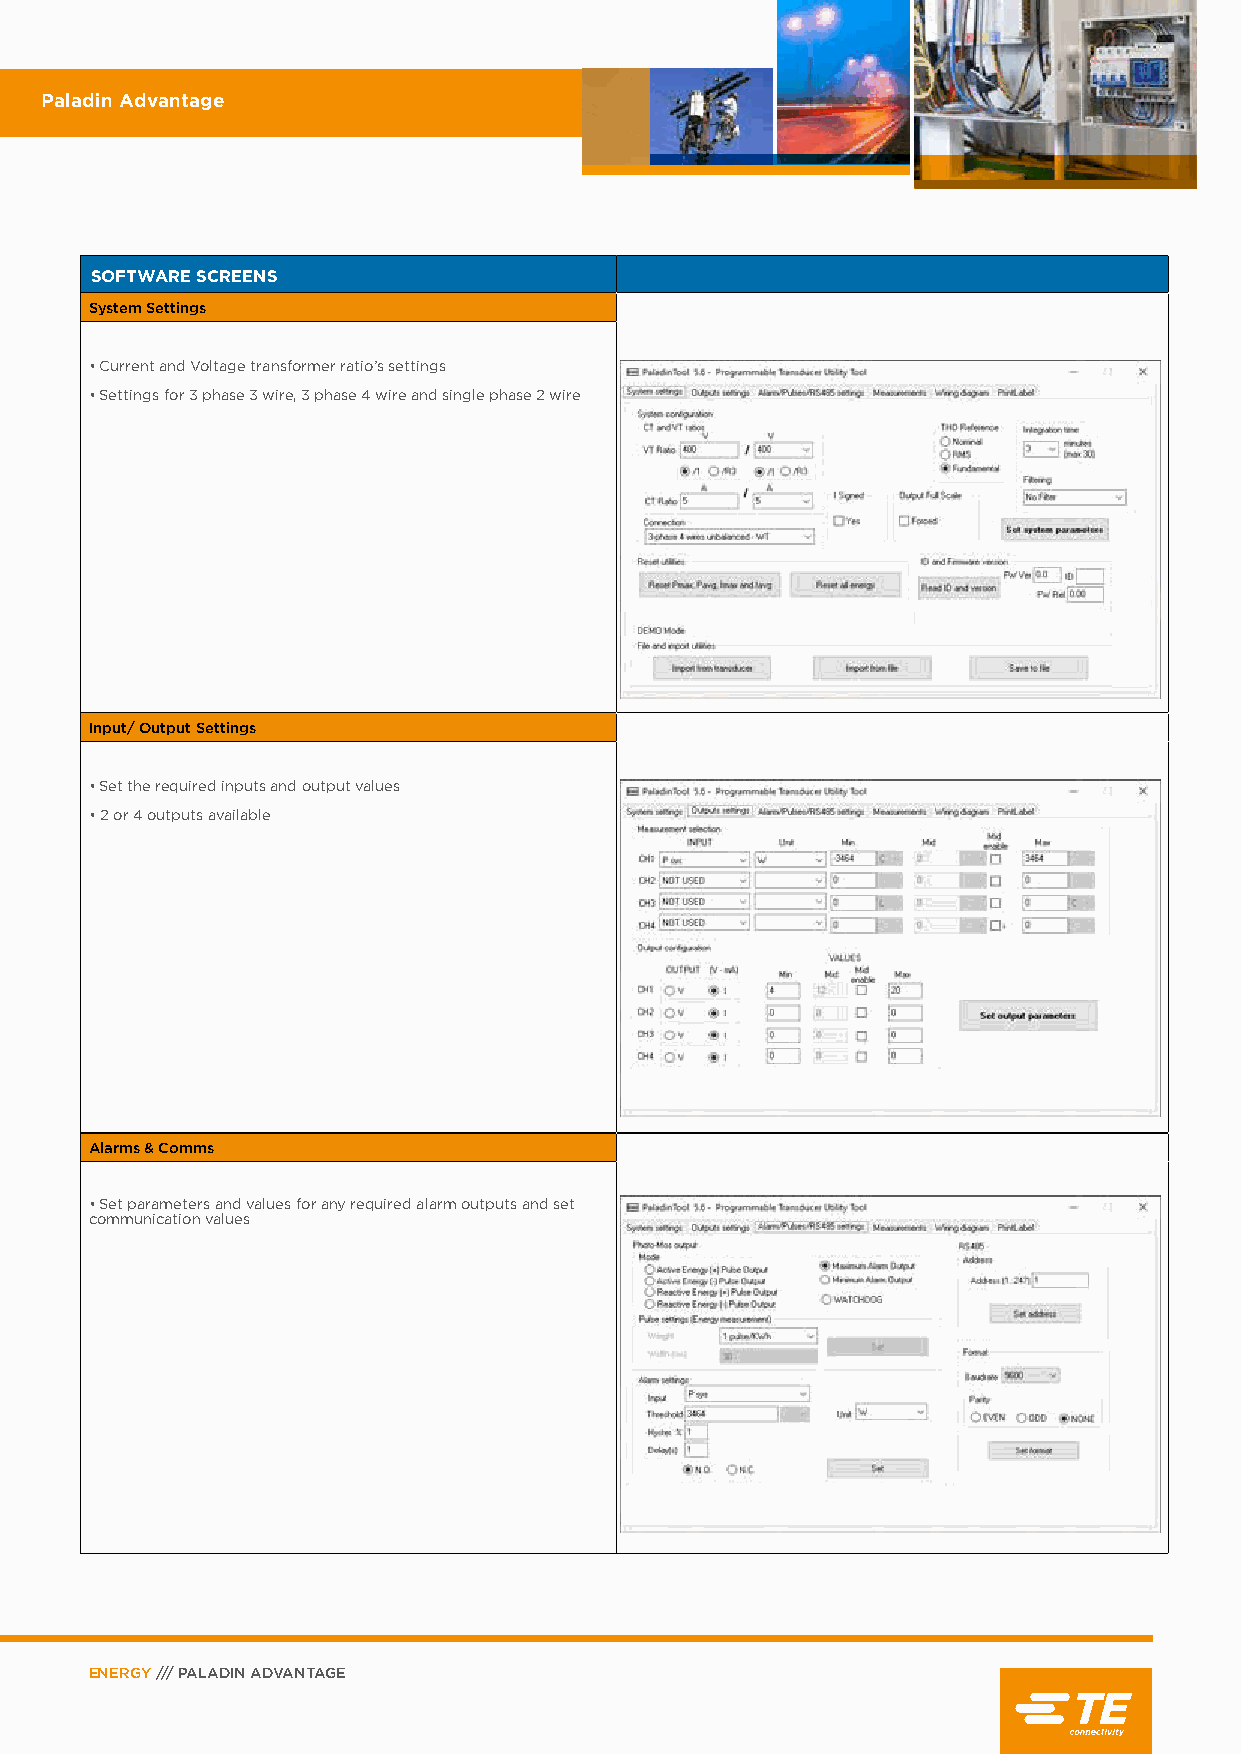
Paladin Advantage
 SOFTWARE SCREENS
 System Settings
 • Current and Voltage transformer ratio’s settings
 • Settings for 3 phase 3 wire, 3 phase 4 wire and single phase 2 wire
 Input/ Output Settings
 • Set the required inputs and output values
 • 2 or 4 outputs available
 Alarms & Comms
 • Set parameters and values for any required alarm outputs and set
 communication values
 ENERGY /// PALADIN ADVANTAGE